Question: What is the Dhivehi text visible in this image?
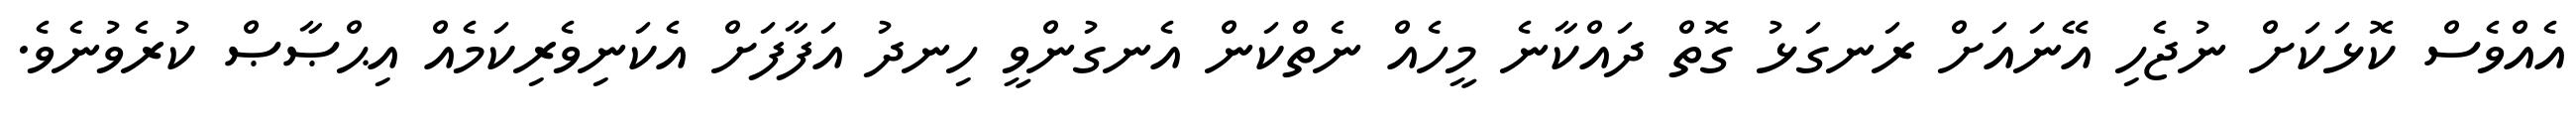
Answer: އެއްވެސް ކޮޅަކަށް ނުޖެހި އޭނައަށް ރަނގަޅު ގޮތް ދައްކާނެ މީހެއް ނެތްކަން އެނގުންވީ ހިނދު އަފާފަށް އެކަނިވެރިކަމެއް އިޙްޞާޞް ކުރެވުނެވެ.